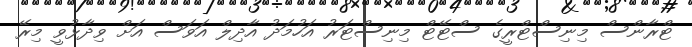
ޓްރާންސް މިނިސްޓްރީގެ ސްޓޭޓް މިނިސްޓަރު އަހުމަދު އާދިލް އަވަސް އަށް ވިދާޅުވީ މިރޭ